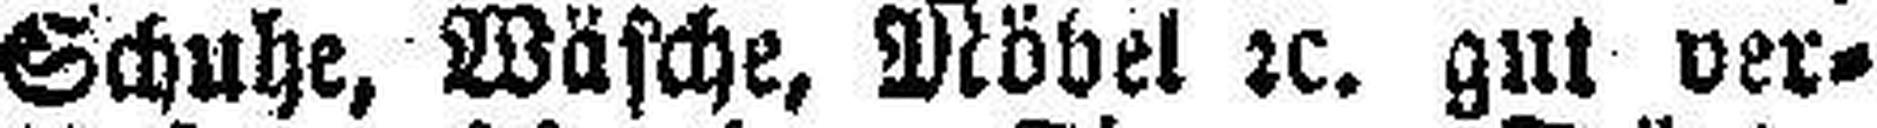
Schuhe, Wäsche, Möbel 2c. gut ver¬